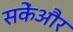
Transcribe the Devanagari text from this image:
सकेंऔर